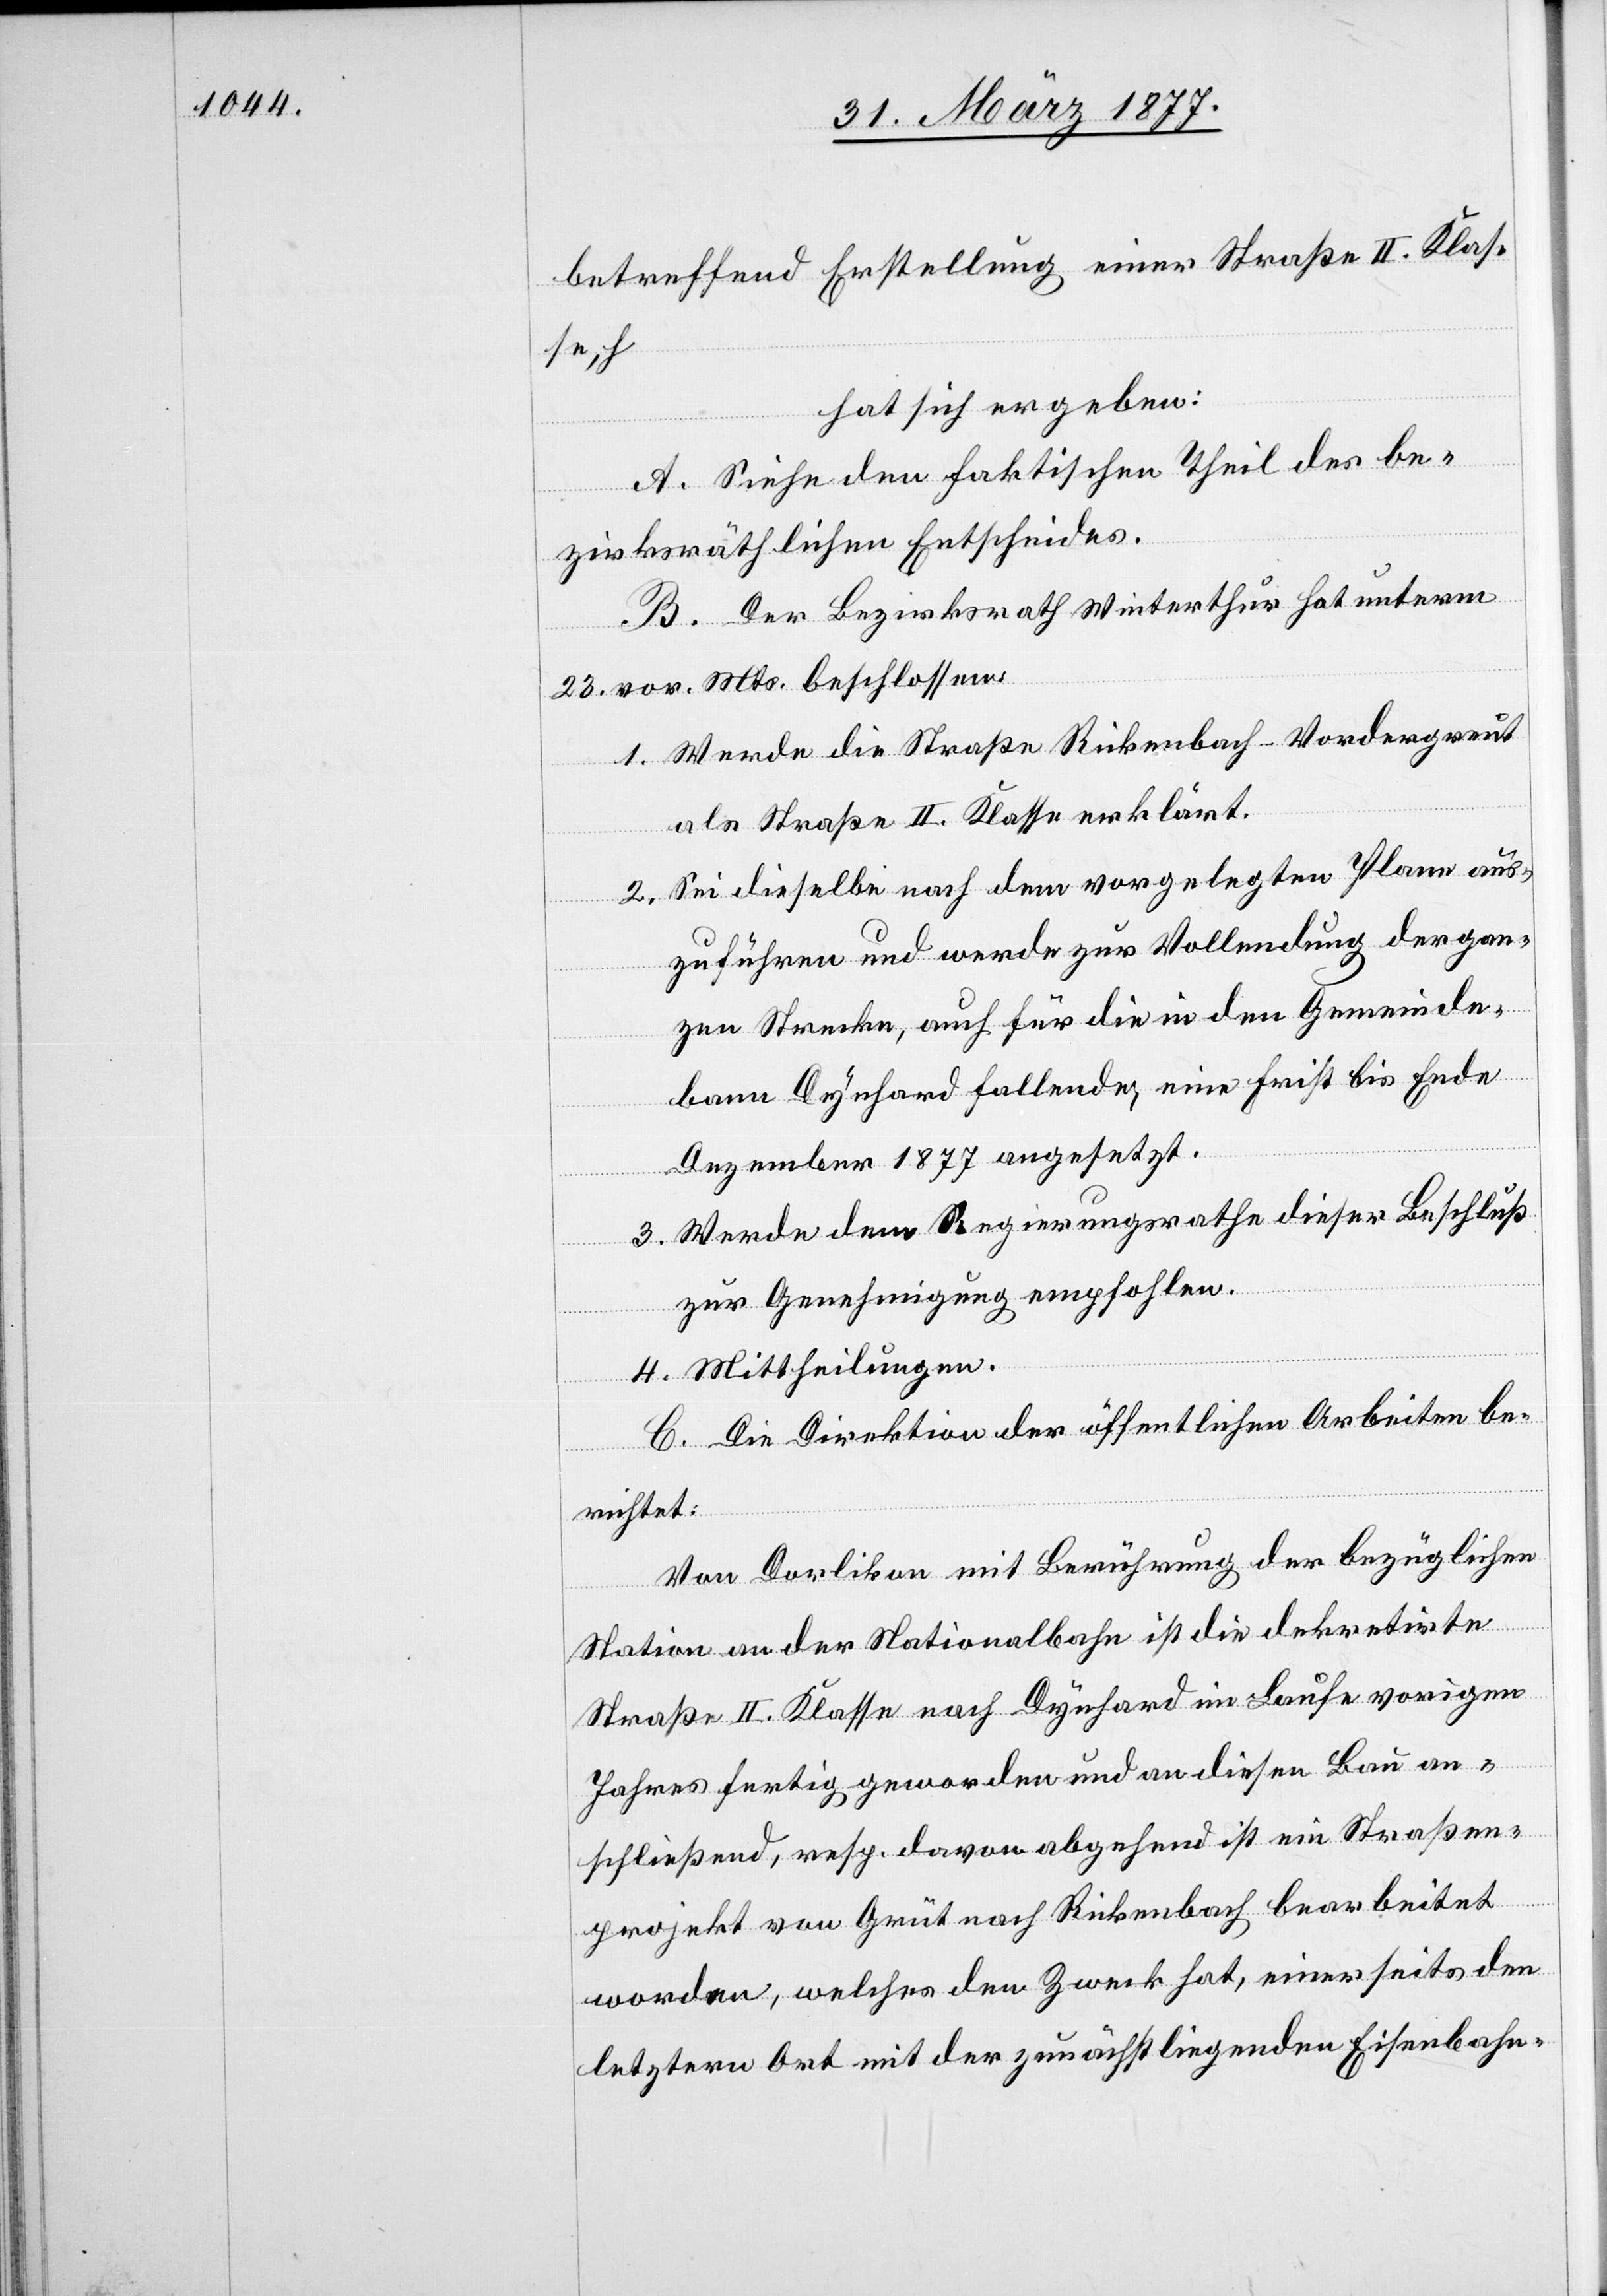
betreffend Erstellung einer Straße II. Klasse,
hat sich ergeben:
A. Siehe den faktischen Theil des be¬
zirksräthlichen Entscheides.
B. Der Bezirksrath Winterthur hat unterm
23. vor. Mts. beschlossen:
1. Werde die Straße Rickenbach–Vordergreut
als Straße II. Klasse erklärt.
2. Sei dieselbe nach dem vorgelegten Plane aus¬
zuführen und werde zur Vollendung der gan¬
zen Strecke, auch für die in den Gemeinde¬
bann Dynhard fallende, eine Frist bis Ende
Dezember 1877 angesetzt.
3. Werde dem Regierungsrathe dieser Beschluß
zur Genehmigung empfohlen.
4. Mittheilungen.
C. Die Direktion der öffentlichen Arbeiten be¬
richtet:
Von Dorlikon mit Berührung der bezüglichen
Station an der Nationalbahn ist die dekretirte
Straße II. Klasse nach Dynhard im Laufe vorigen
Jahres fertig geworden und an diesen Bau an¬
schließend, resp. davon abgehend ist ein Straßen¬
projekt von Grüt nach Rickenbach bearbeitet
worden, welches den Zweck hat, einerseits den
letztern Ort mit der zunächst liegenden Eisenbahn-